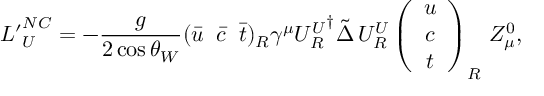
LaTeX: { { \cal L } ^ { \prime } } _ { U } ^ { N C } = - \frac { g } { 2 \cos \theta _ { W } } ( \bar { u } \; \; \bar { c } \; \; \bar { t } ) _ { R } \gamma ^ { \mu } { U _ { R } ^ { U } } ^ { \dagger } \tilde { \Delta } \, U _ { R } ^ { U } \left( \begin{array} { c } { { u } } \\ { { c } } \\ { { t } } \end{array} \right) _ { R } \, Z _ { \mu } ^ { 0 } ,